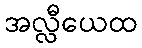
အလ္လီယေထ